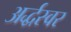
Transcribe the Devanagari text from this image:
अर्द्धस्वर